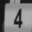
Digit: 4